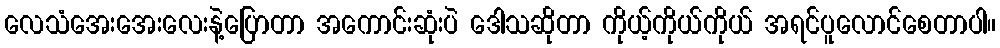
လေသံအေးအေးလေးနဲ့ပြောတာ အကောင်းဆုံးပဲ ဒေါသဆိုတာ ကိုယ့်ကိုယ်ကိုယ် အရင်ပူလောင်စေတာပါ။